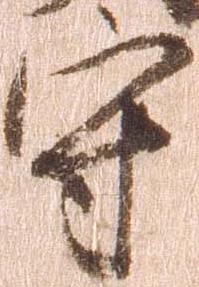
守